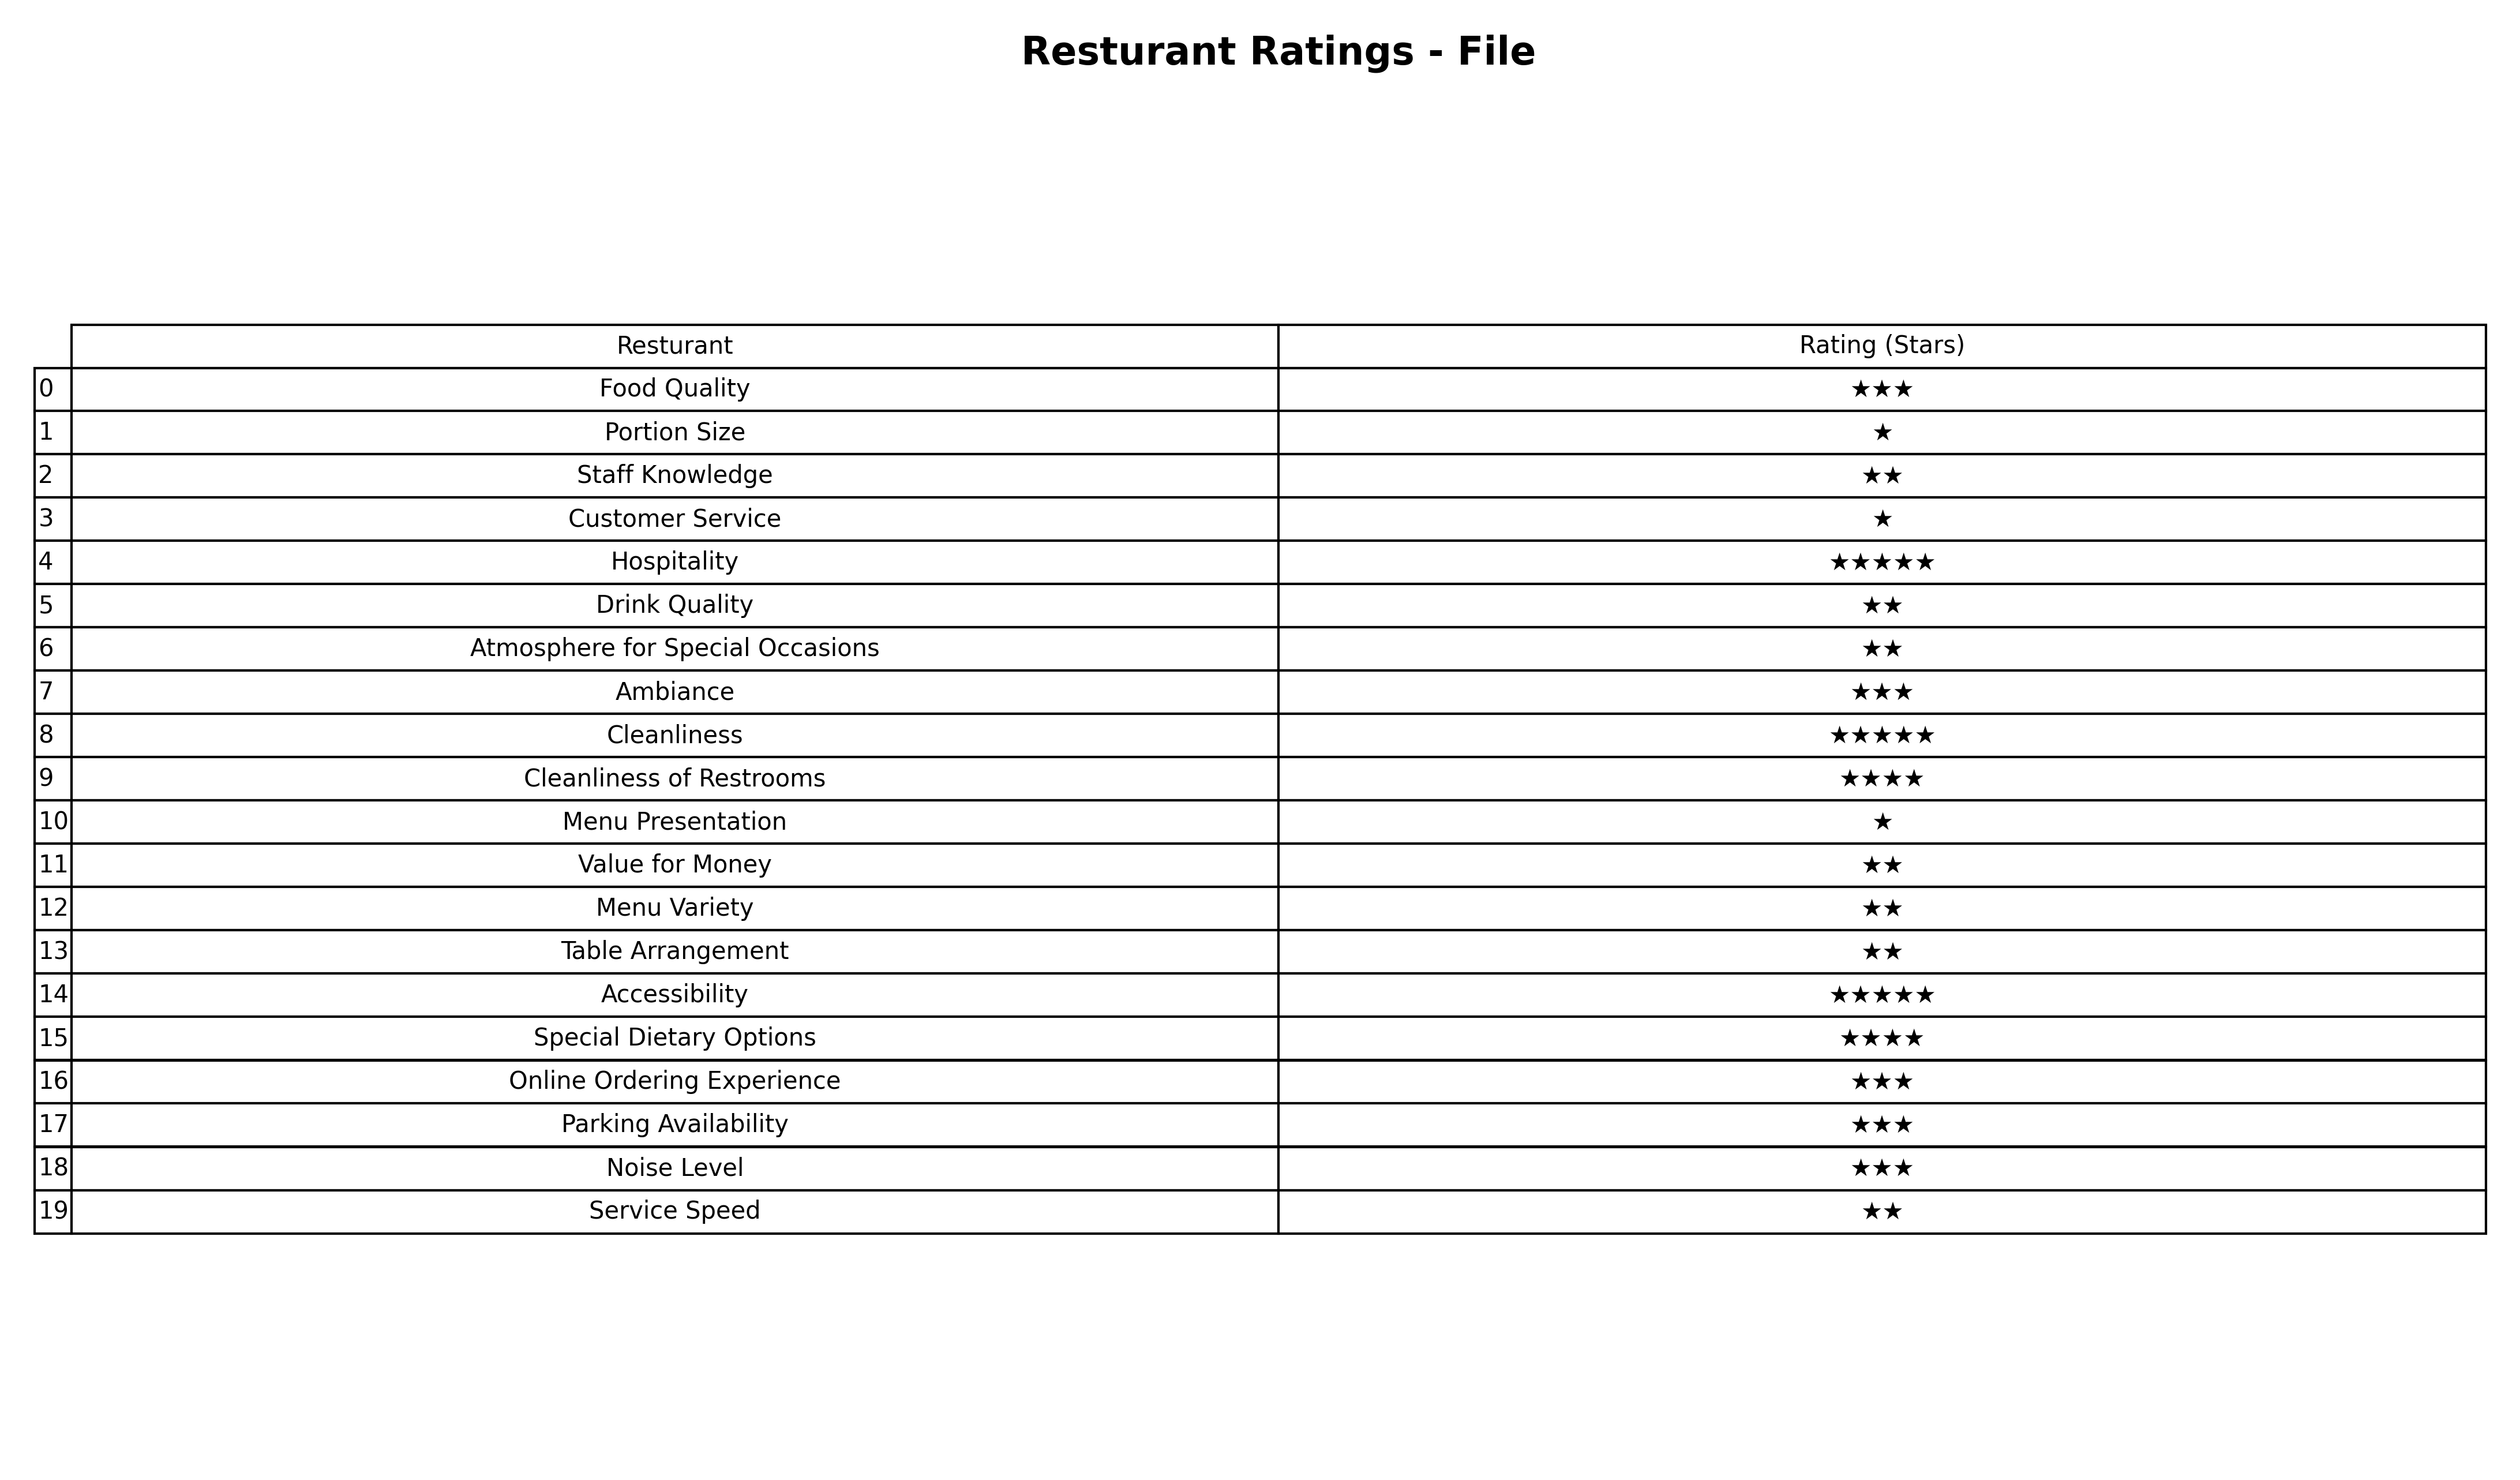
question: What is the rating of Food Quality?
answer: ★★★